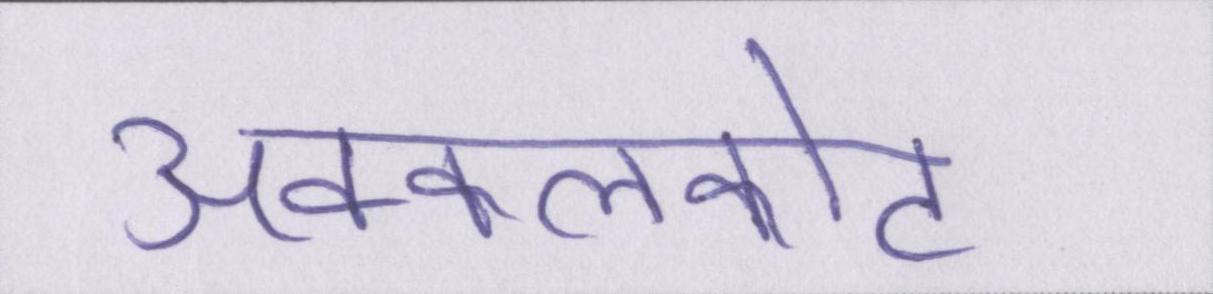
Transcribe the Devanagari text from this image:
अक्कलकोट